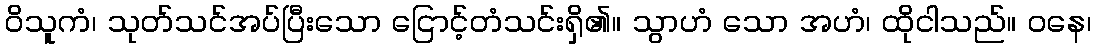
ဝိသူကံ၊ သုတ်သင်အပ်ပြီးသော ငြောင့်တံသင်းရှိ၏။ သွာဟံ သော အဟံ၊ ထိုငါသည်။ ဝနေ၊